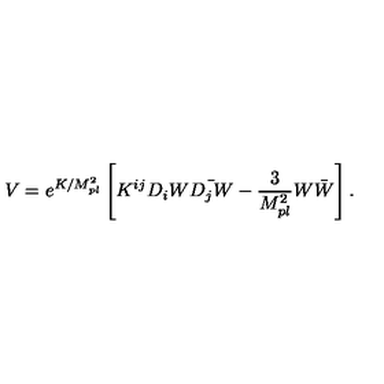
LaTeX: V = e ^ { K / M _ { p l } ^ { 2 } } \left[ K ^ { i j } D _ { i } W \bar { D _ { j } W } - \frac { 3 } { M _ { p l } ^ { 2 } } W \bar { W } \right] .